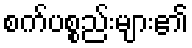
စက်ပစ္စည်းများ၏